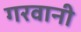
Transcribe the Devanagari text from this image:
गरवानी